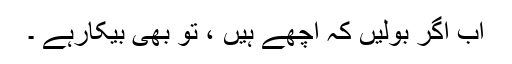
اب اگر بولیں کہ اچھے ہیں ، تو بھی بیکارہے ۔